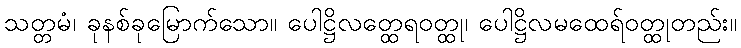
သတ္တမံ၊ ခုနစ်ခုမြောက်သော။ ပေါဋ္ဌိလတ္ထေရဝတ္ထု၊ ပေါဋ္ဌိလမထေရ်ဝတ္ထုတည်း။